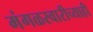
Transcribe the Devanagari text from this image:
मंगळस्वारीच्याही